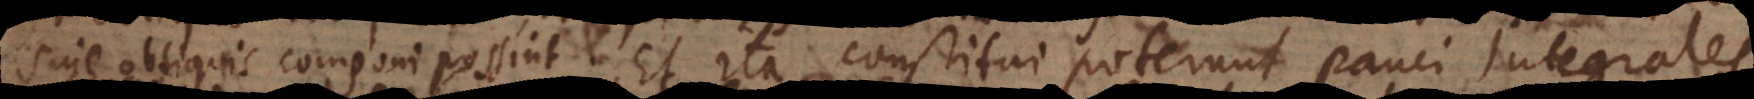
sine obliquis componi possint. Et ita constitui poterunt pauci integrales,